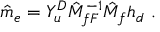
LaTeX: \hat { m } _ { e } = Y _ { u } ^ { D } \hat { M } _ { f F } ^ { - 1 } \hat { M } _ { f } h _ { d } ~ .